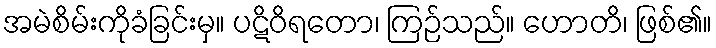
အမဲစိမ်းကိုခံခြင်းမှ။ ပဋိဝိရတော၊ ကြဉ်သည်။ ဟောတိ၊ ဖြစ်၏။